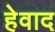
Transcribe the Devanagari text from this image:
हेवाद